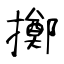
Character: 擲